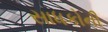
સાધકોની